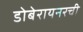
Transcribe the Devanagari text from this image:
डोबेरायनरची